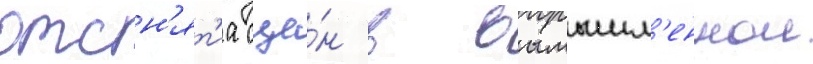
отсн'ят'иа сце́н в вымышл'еннои